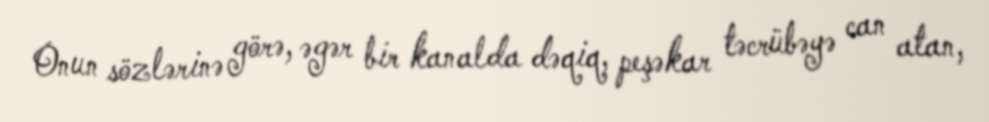
Onun sözlərinə görə, əgər bir kanalda dəqiq, peşəkar təcrübəyə can atan,